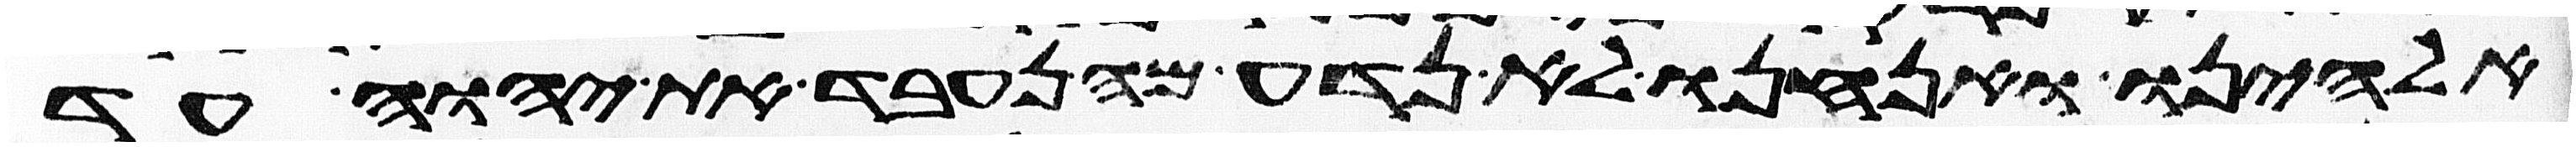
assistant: אלהינו ואנחנו לא נדע מה נעבד את יהוה עד